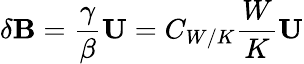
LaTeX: \delta{\mathbf{B}}=\frac{\gamma}{\beta}{\mathbf{U}}=C_{W/K}\frac{W}{K}{\mathbf{U}}